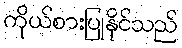
ကိုယ်စားပြုနိုင်သည်